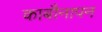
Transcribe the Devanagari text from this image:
काबौनापन